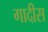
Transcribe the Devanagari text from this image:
गादीस